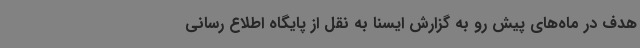
هدف در ماه‌های پیش رو به گزارش ایسنا به نقل از پایگاه اطلاع رسانی